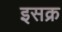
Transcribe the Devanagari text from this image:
इसक्र